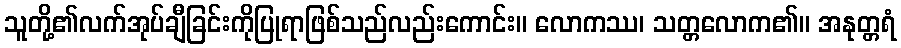
သူတို့၏လက်အုပ်ချီခြင်းကိုပြုရာဖြစ်သည်လည်းကောင်း။ လောကဿ၊ သတ္တလောက၏။ အနုတ္တရံ